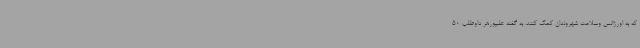
که به اورژانس وسلامت شهروندان کمک کنند. به گفته علیپورهر داوطلب 50